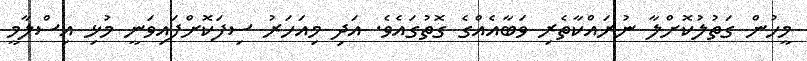
މީހުން ގަތުލުކޮށްލާ ނުރައްކާތެރި ވަބާއެއްގެ ގޮތުގައެވެ. އަދި މިއަހަރު ސިފަކޮށްފައިވަނީ މުޅި އިސްލާމީ